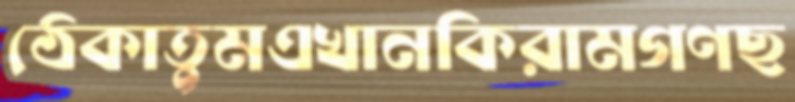
ঠেকাতুমএখানকিরামগণছ